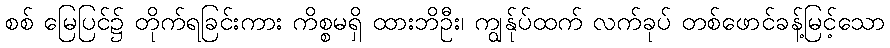
စစ် မြေပြင်၌ တိုက်ရခြင်းကား ကိစ္စမရှိ ထားဘိဦး၊ ကျွန်ုပ်ထက် လက်ခုပ် တစ်ဖောင်ခန့်မြင့်သော